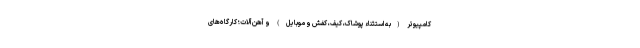
کامپیوتر (به استثناء پوشاک، کیف، کفش و موبایل) و آهن‌آلات؛ کارگاه‌های